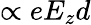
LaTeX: \propto eE_{z}d